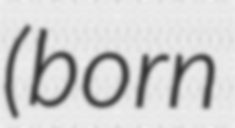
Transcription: (born